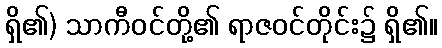
ရှိ၏) သာကီဝင်တို့၏ ရာဇဝင်တိုင်း၌ ရှိ၏။